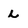
Character: L